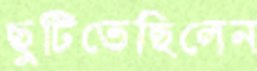
ছুটিতেছিলেন